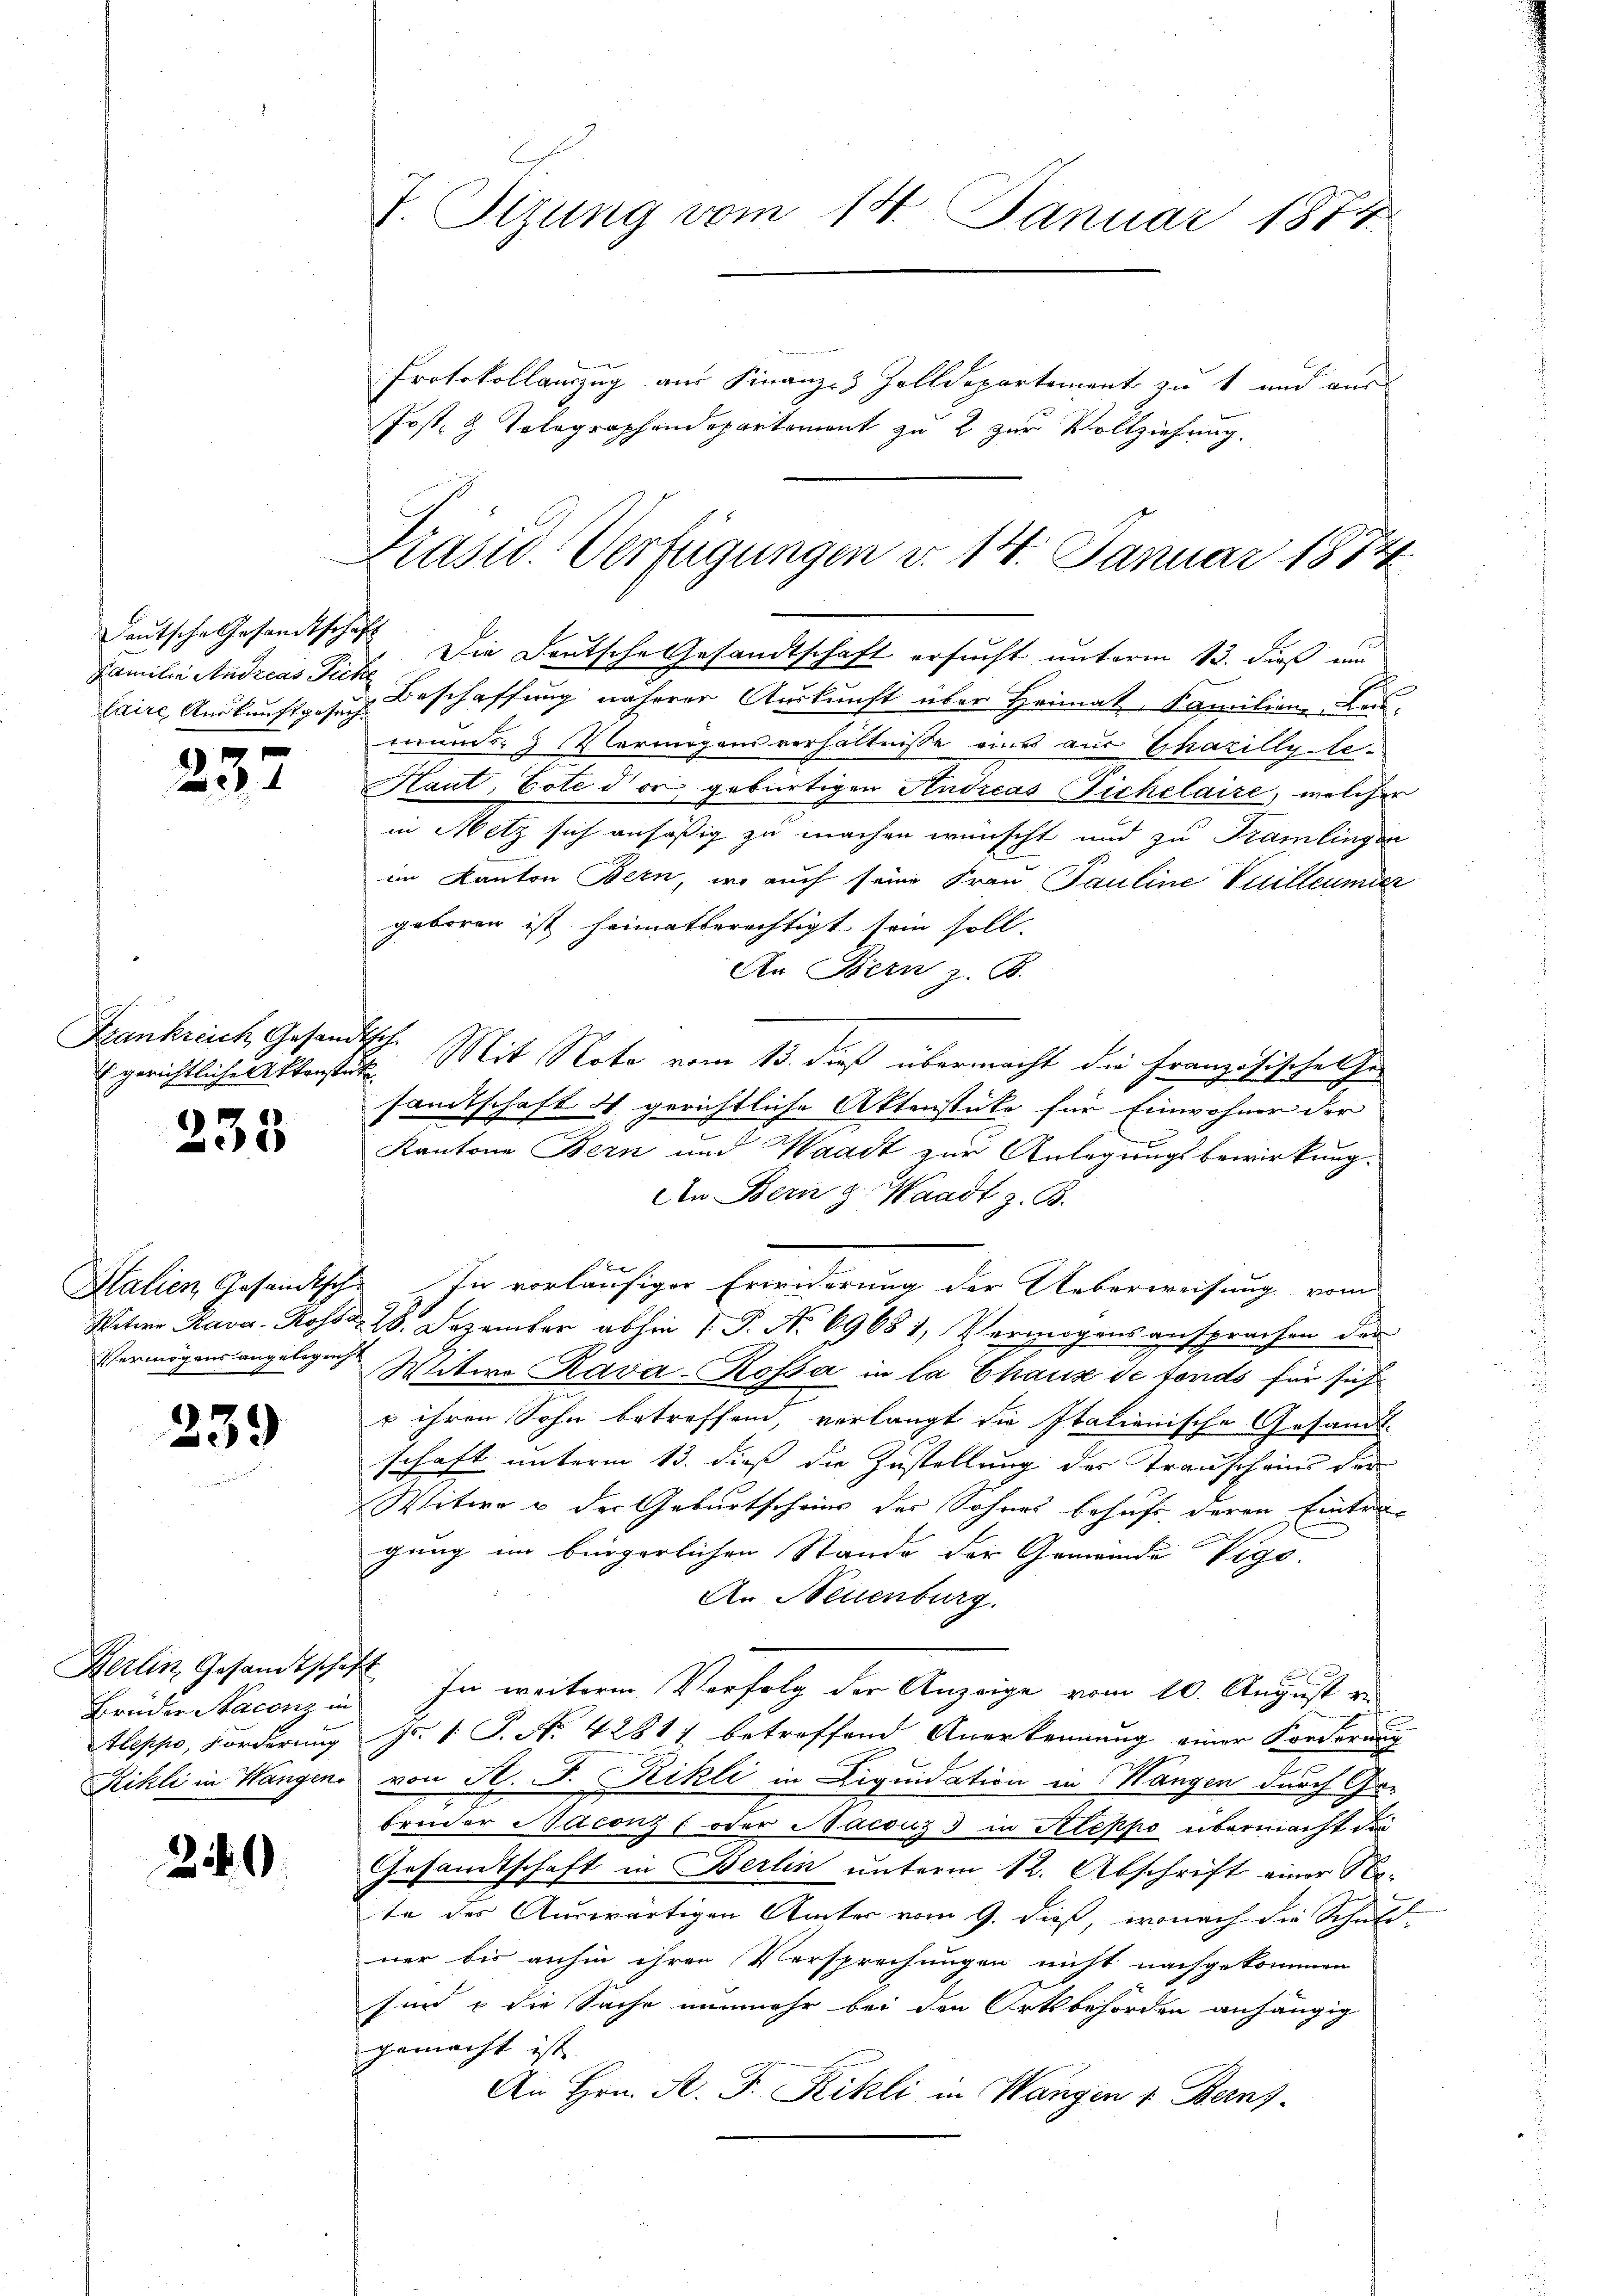
Deutsche Gesandtschaft
Familie Andreas Ficke

237

233

339

219

Frankreich Gesandtsch.

Herlin, Gesandtschaft
Brüder Naconz in
Aleppo, Forderung

Die Deutsche Gesandtschaft ersucht unterm 13. dieß um
laire, Auskunftgesuch Beschaffung näherer Auskunft über Heimat, Familien Lau-
muns. Vermögensverhältnisse eines aus Chazillyte¬
Haut, Bote der gebürtigen Andreas Fichelaire, welcher
in Metz sich ansäßig zu machen wünscht und zu Tramlingen
im Kanton Bern, wo auch seine Frau Pauline Vuilleumder
geboren ist heimatberechtigt sein soll.
An Bern z. B.
gerichtliche Akkonstit. Mit Note vom 13. dieß übermacht die Französische Ge-
samtschaft 4 gerichtliche Aktenstüke für Einwohner der
Kantone Bern und Waadt zur Anlegungsbewirkung.
An Bern z. Waadt z. B.

Italien Gesandtsch. In vorläufiger Erwiderung der Ueberweisung vom
Witwe Rava - Rosse 28. Dezember abhin 1. P. No 69681, Vermögensansprachen der
Vermögensangelegen Witwe Rava-Rossa in la Chaus de tonds für sich
u ihren Sohn betreffend, verlangt die Italienische Gesandt-
schaft unterm 13. dieß die Zustellung der Transcheins der
Witwe u der Geburtscheins der Sohnes behufs deren Eintragung im bürgerlichen Stande der Gemeinde Vige.
An Neuenburg.
In weiteren Verfolg der Anzeige vom 10. August ve
Fr. 1 S. Nr. 4281) betreffend Anerkennung einer Forderung
x
Rikli in Wangen, von St. J. Rikli in Liquidation in Wangen durch Ga-
bruder Jaconz (oder Macouz 3 in Kloppo übermacht der
Gesandtschaft in Berlin unterm 12. Abschrift einer Nate des Auswärtigen Ämter vom 9. dieß, wonach die Schuld-
ner bis anhin ihren Versprechungen nicht nachgekommen
sind & die Sache nunmehr bei den Ortsbehörden anhängig
gemacht ist.
An Hrn. R. F. Rikli in Wangen u. Berns

I. Sitzung vom 14. Januar 1874.

Protokollamzug aus Finanz-Zolldepartement zu 1 und aus
Post- & Telegraphendepartement zu 2 zur Vollziehung.

Präsid. Verfügungen d. 14. Januar 1874